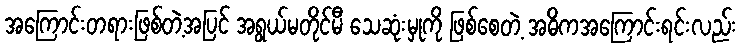
အကြောင်းတရားဖြစ်တဲ့အပြင် အရွယ်မတိုင်မီ သေဆုံးမှုကို ဖြစ်စေတဲ့ အဓိကအကြောင်းရင်းလည်း